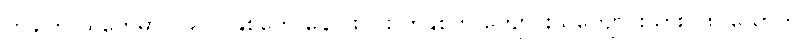
တခါက ယူကေမှာ ၁၉၇၀ နှစ်တွေ နှောင်းပိုင်း တနှစ်က ကျောင်းသူကျောင်းသား ၇၈ ယောက်